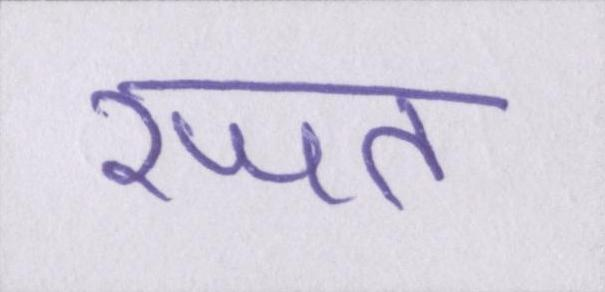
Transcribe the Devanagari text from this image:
रजत